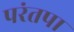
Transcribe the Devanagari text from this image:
परंतपा